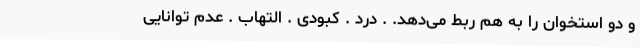
و دو استخوان را به هم ربط می‌دهد. . درد . کبودی . التهاب . عدم توانایی